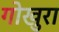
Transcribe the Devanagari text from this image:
गोखुरा